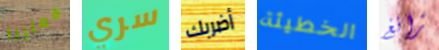
فعلينا سري أضربك الخطيئة زانغ